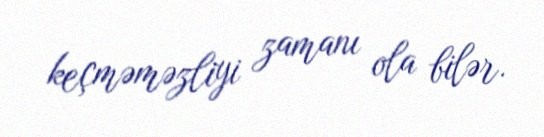
keçməməzliyi zamanı ola bilər.